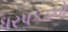
ધરપકડનો